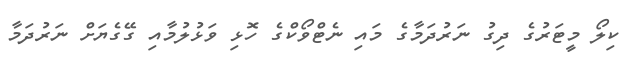
ކިލޯ މީޓަރުގެ ދިގު ނަރުދަމާގެ މައި ނެޓްވޯކްގެ ހޮޅި ވަޅުލުމާއި ގޭގެޔަށް ނަރުދަމާ